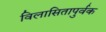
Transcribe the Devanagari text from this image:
विलासितापुर्वक